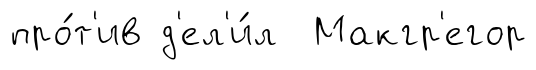
про́т'ив д'ел'и́л Макгр'егор